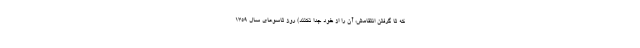
که تا گرفتن انتقامش، آن را از خود جدا نکنند) روز تاسوعای سال ۱۳۵۹